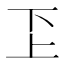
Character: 𠀝